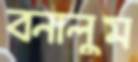
বনালুম